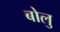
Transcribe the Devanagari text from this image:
बोलु